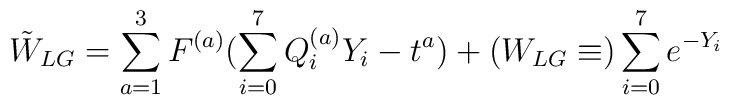
\tilde{W}_{LG}=\sum_{a=1}^3F^{(a)}(\sum_{i=0}^7Q^{(a)}_iY_i-t^a)+(W_{LG}\equiv)\sum_{i=0}^7e^{-Y_i}